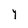
Character: Y